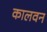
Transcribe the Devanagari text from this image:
कालवन